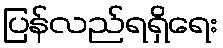
ပြန်လည်ရရှိရေး